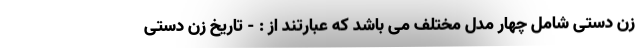
زن دستی شامل چهار مدل مختلف می باشد که عبارتند از : - تاریخ زن دستی